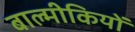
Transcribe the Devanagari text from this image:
बाल्मीकियों